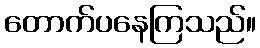
တောက်ပနေကြသည်။